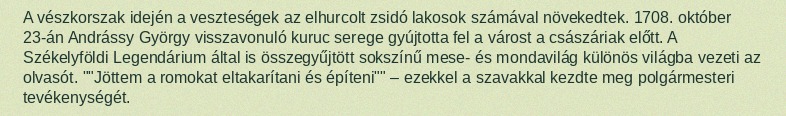
A vészkorszak idején a veszteségek az elhurcolt zsidó lakosok számával növekedtek. 1708. október 23-án Andrássy György visszavonuló kuruc serege gyújtotta fel a várost a császáriak előtt. A Székelyföldi Legendárium által is összegyűjtött sokszínű mese- és mondavilág különös világba vezeti az olvasót. ""Jöttem a romokat eltakarítani és építeni"" – ezekkel a szavakkal kezdte meg polgármesteri tevékenységét.